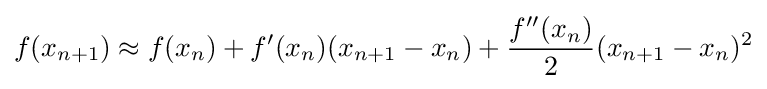
f(x_{n+1})\approx f(x_{n})+f'(x_{n})(x_{n+1}-x_{n})+{\frac {f''(x_{n})}{2}}(x_{n+1}-x_{n})^{2}